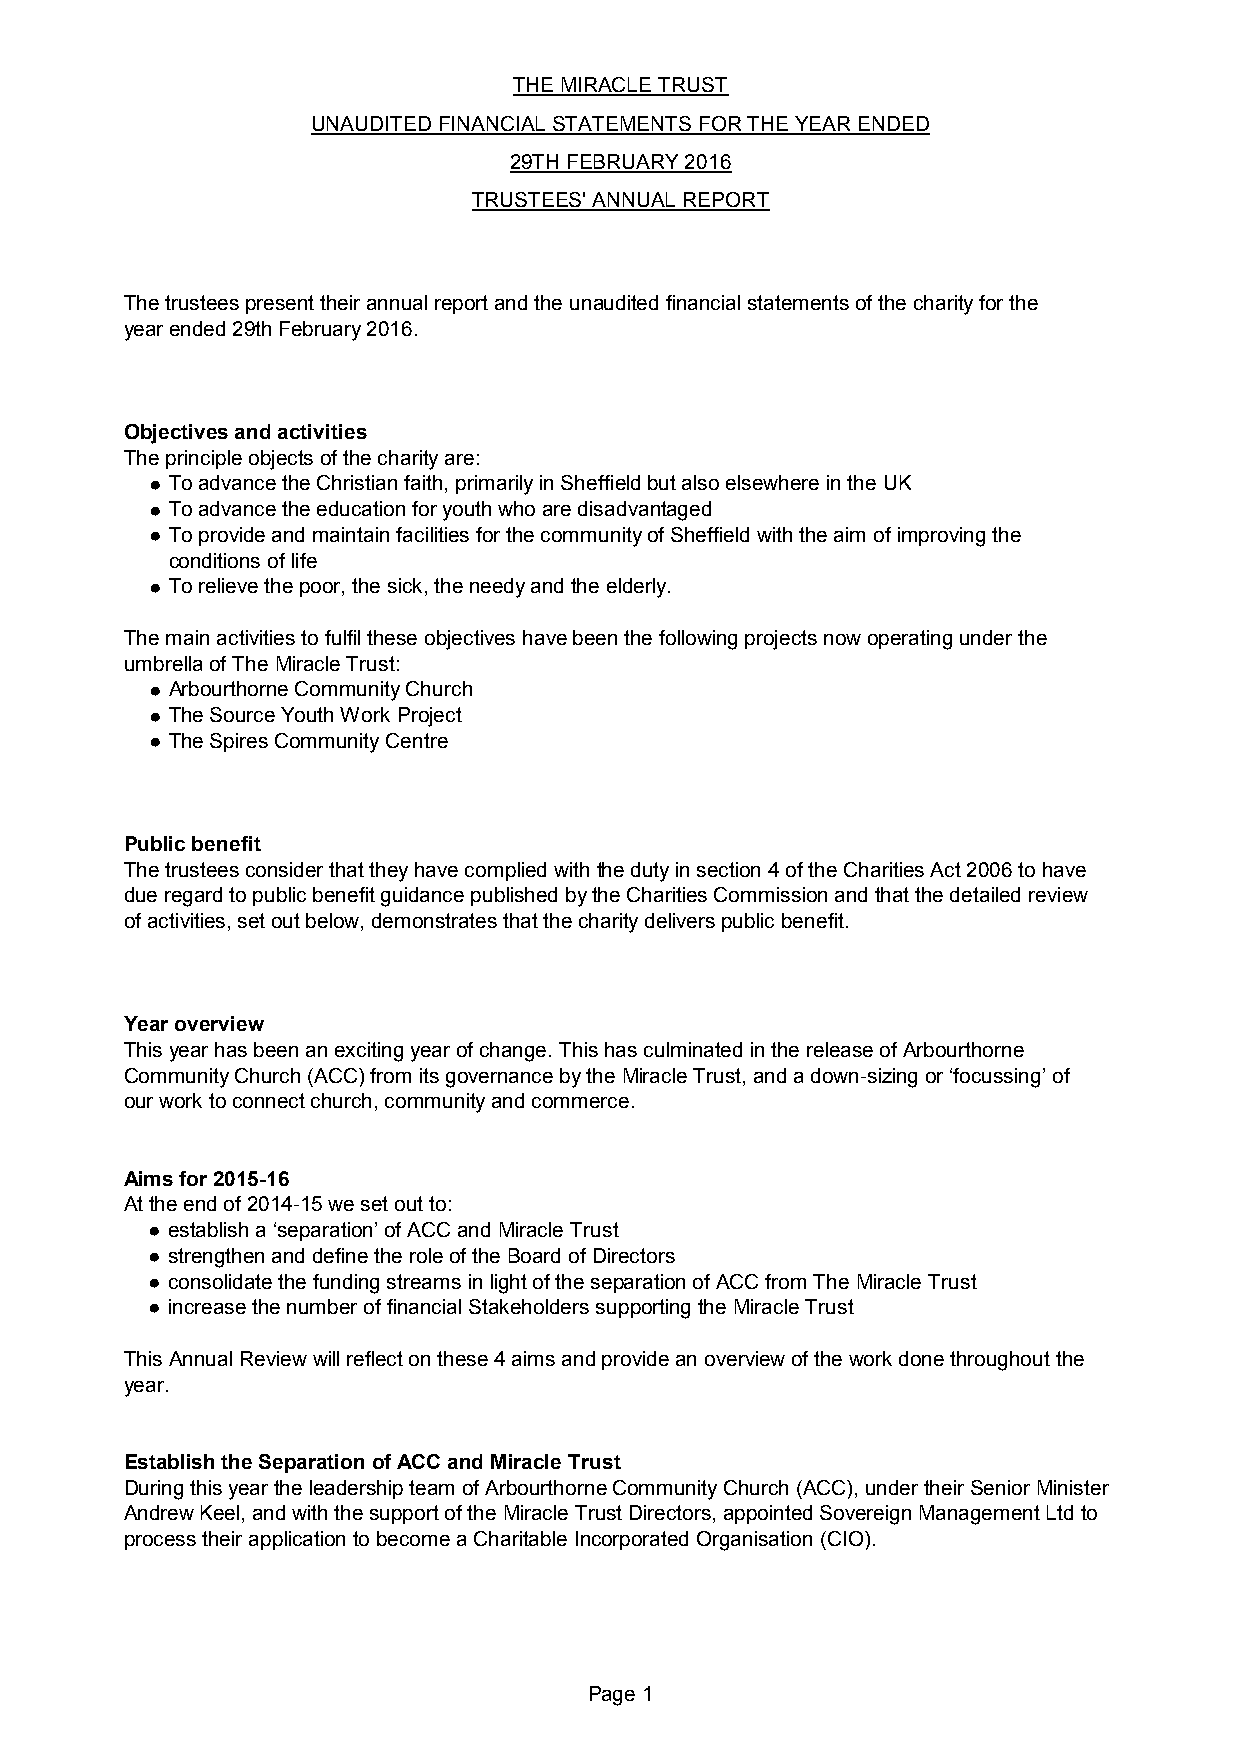
THE MIRACLE TRUST
 UNAUDITED FINANCIAL STATEMENTS FOR THE YEAR ENDED
 29TH FEBRUARY 2016
 TRUSTEES' ANNUAL REPORT
 The trustees present their annual report and the unaudited financial statements of the charity for the
 year ended 29th February 2016.
 Objectives and activities
 The principle objects of the charity are:
 ● To advance the Christian faith, primarily in Sheffield but also elsewhere in the UK
 ● To advance the education for youth who are disadvantaged
 ● To provide and maintain facilities for the community of Sheffield with the aim of improving the
 conditions of life
 ● To relieve the poor, the sick, the needy and the elderly.
 The main activities to fulfil these objectives have been the following projects now operating under the
 umbrella of The Miracle Trust:
 ● Arbourthorne Community Church
 ● The Source Youth Work Project
 ● The Spires Community Centre
 Public benefit
 The trustees consider that they have complied with the duty in section 4 of the Charities Act 2006 to have
 due regard to public benefit guidance published by the Charities Commission and that the detailed review
 of activities, set out below, demonstrates that the charity delivers public benefit.
 Year overview
 This year has been an exciting year of change. This has culminated in the release of Arbourthorne
 Community Church (ACC) from its governance by the Miracle Trust, and a down-sizing or ‘focussing’ of
 our work to connect church, community and commerce.
 Aims for 2015-16
 At the end of 2014-15 we set out to:
 ● establish a ‘separation’ of ACC and Miracle Trust
 ● strengthen and define the role of the Board of Directors
 ● consolidate the funding streams in light of the separation of ACC from The Miracle Trust
 ● increase the number of financial Stakeholders supporting the Miracle Trust
 This Annual Review will reflect on these 4 aims and provide an overview of the work done throughout the
 year.
 Establish the Separation of ACC and Miracle Trust
 During this year the leadership team of Arbourthorne Community Church (ACC), under their Senior Minister
 Andrew Keel, and with the support of the Miracle Trust Directors, appointed Sovereign Management Ltd to
 process their application to become a Charitable Incorporated Organisation (CIO).
 Page 1